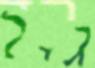
גיל